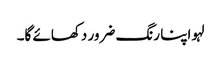
لہو اپنا رنگ ضرور دکھائے گا۔